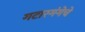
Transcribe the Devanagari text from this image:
गटारगंगेचे